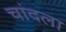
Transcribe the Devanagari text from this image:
चांदला